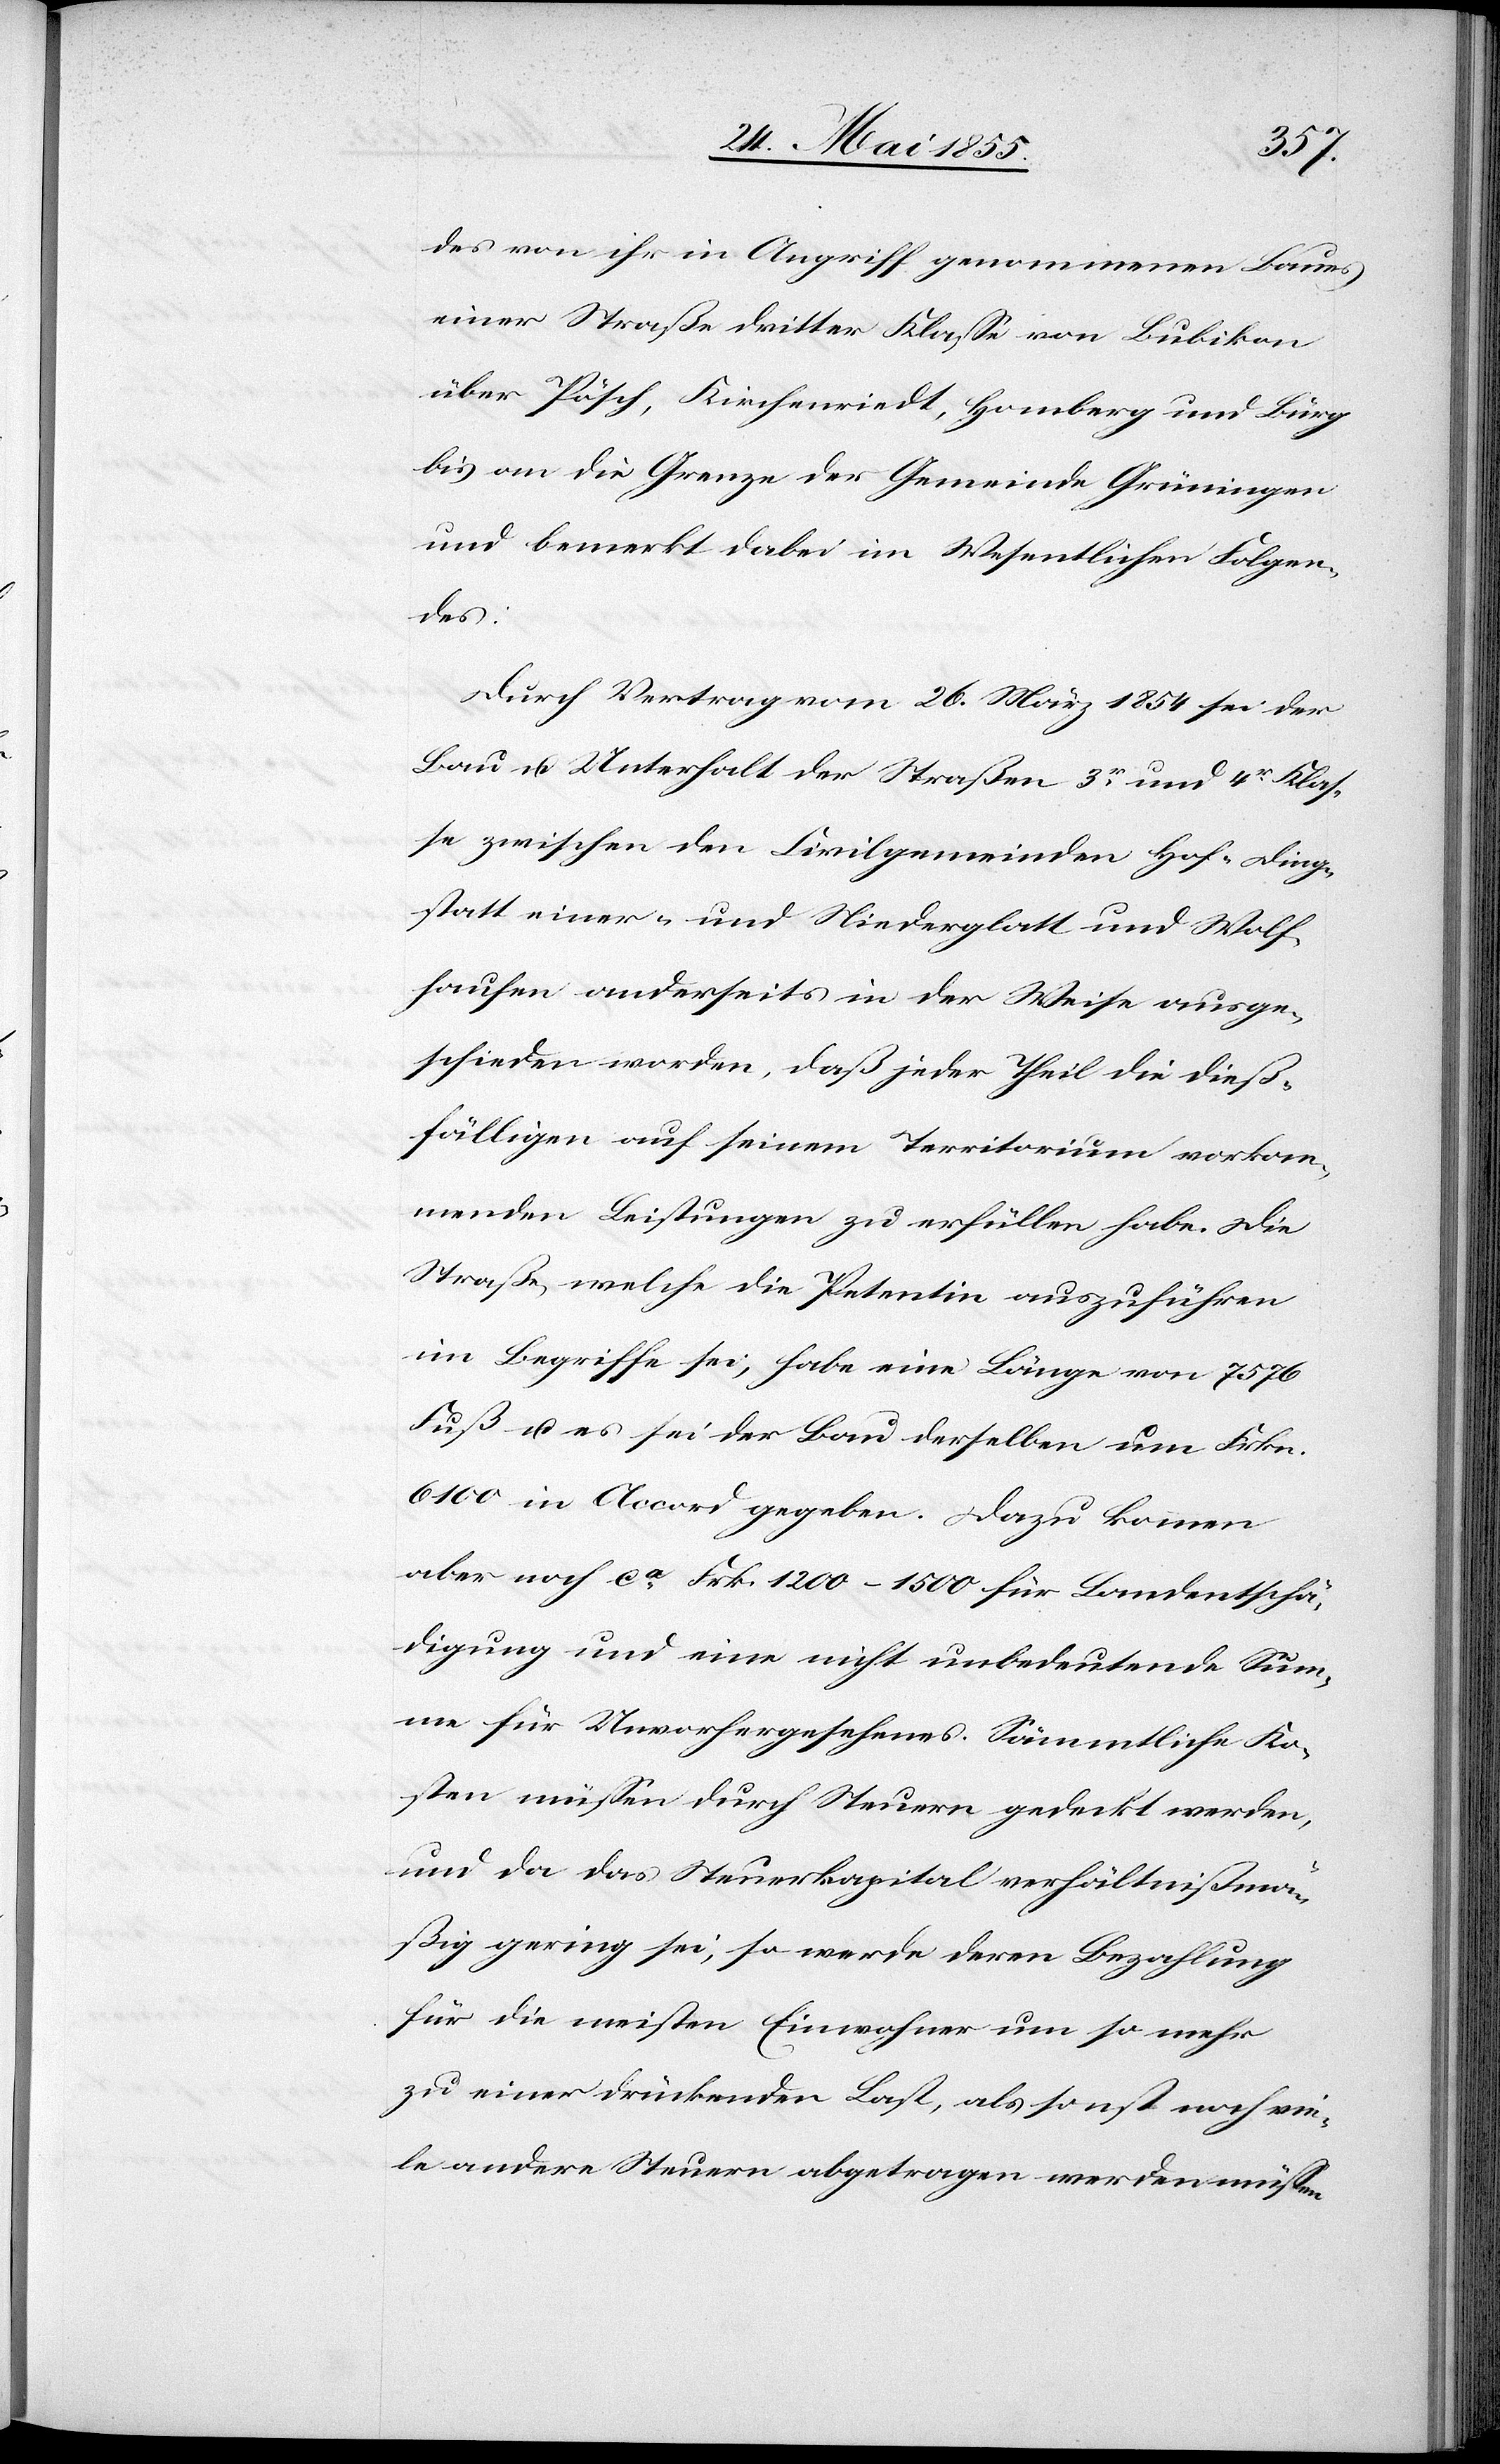
des von ihr in Angriff genommenen Baues
einer Straße dritter Klasse von Bubikon
über Pösch, Kirchenriedt, Homberg und Burg
bis an die Grenze der Gemeinde Grüningen
und bemerkt dabei im Wesentlichen Folgen¬
des:
Durch Vertrag vom 26. März 1854 sei der
Bau u. Unterhalt der Straßen 3r und 4r Klas¬
se zwischen den Civilgemeinden Hof-Ding¬
statt einer- und Niederglatt und Wolf¬
hausen anderseits in der Weise ausge¬
schieden worden, daß jeder Theil die dieß¬
fälligen auf seinem Territorium vorkom¬
menden Leistungen zu erfüllen habe. Die
Straße, welche die Petentin auszuführen
im Begriffe sei, habe eine Länge von 7576
Fuß u. es sei der Bau derselben um Frkn.
6100 in Accord gegeben. Dazu kommen
aber noch ca Frk. 1200–1500 für Landentschä¬
digung und eine nicht unbedeutende Sum¬
me für Unvorhergesehenes. Sämmtliche Ko¬
sten müssen durch Steuern gedeckt werden,
und da das Steuerkapital verhältnißmä¬
ßig gering sei, so werde deren Bezahlung
für die meisten Einwohner um so mehr
zu einer drückenden Last, als sonst noch vie¬
le andere Steuern abgetragen werden müssen